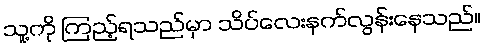
သူ့ကို ကြည့်ရသည်မှာ သိပ်လေးနက်လွန်းနေသည်။